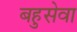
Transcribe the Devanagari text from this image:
बहुसेवा